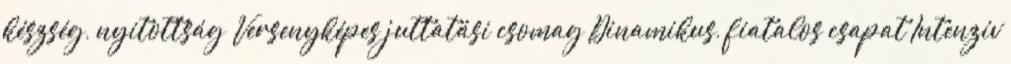
készség, nyitottság Versenyképes juttatási csomag Dinamikus, fiatalos csapat Intenzív